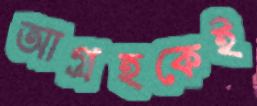
আগ্রহকেই